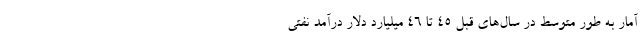
آمار به طور متوسط در سال‌های قبل ۴۵ تا ۴۶ میلیارد دلار درآمد نفتی